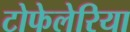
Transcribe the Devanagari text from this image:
टोफेलेरिया